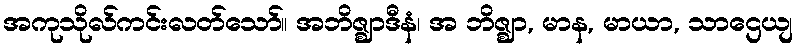
အကုသိုလ်ကင်းလတ်သော်။ အဘိဇ္ဈာဒီနံ၊ အ ဘိဇ္ဈာ, မာန, မာယာ, သာဌေယျ